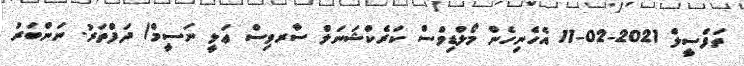
ތަފްސީލް 2021-02-11 އެހެނިހެން މޯލްޑިވްސް ކަރެކްޝަނަލް ސާރވިސް ޢަލީ ނަސީމް/ ދަފްތަރު. ނަންބަރު